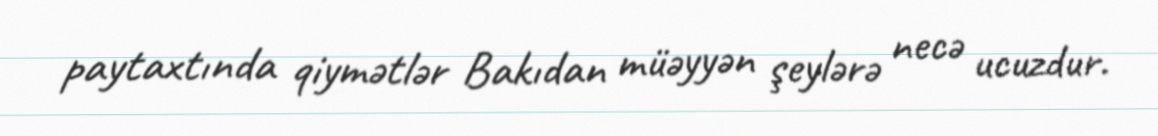
paytaxtında qiymətlər Bakıdan müəyyən şeylərə necə ucuzdur.